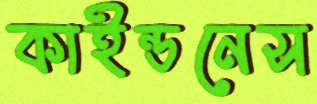
কাইন্ডনেস